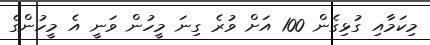
މިކަމާއި ގުޅިގެން 100 އަށް ވުރެ ގިނަ މީހުން ވަނީ އެ މީހުންގެ